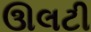
ઊલટી